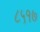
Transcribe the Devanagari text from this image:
८५१७